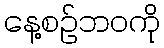
နေ့စဉ်ဘဝကို